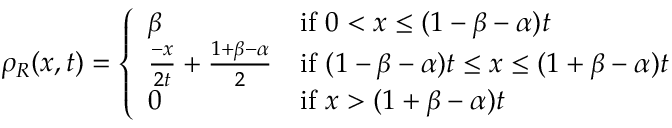
\rho _ { R } ( x , t ) = \left\{ \begin{array} { l l } { \beta } & { \mathrm { i f ~ } 0 < x \leq ( 1 - \beta - \alpha ) t } \\ { \frac { - x } { 2 t } + \frac { 1 + \beta - \alpha } { 2 } } & { \mathrm { i f ~ } ( 1 - \beta - \alpha ) t \leq x \leq ( 1 + \beta - \alpha ) t } \\ { 0 } & { \mathrm { i f ~ } x > ( 1 + \beta - \alpha ) t } \end{array} \right.